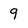
Character: 9